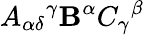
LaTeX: A_{\alpha\delta}{}^{\gamma}\mathbf{B}^{\alpha}C_{\gamma}{}^{\beta}